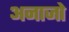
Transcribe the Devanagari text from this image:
अनाजो